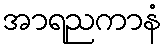
အာရညကာနံ